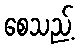
စေသည့်